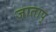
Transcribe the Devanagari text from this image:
जाताप्